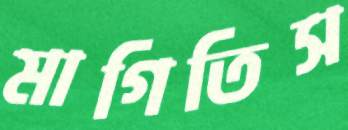
মাগিতিস